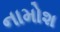
નામોશ